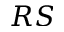
R S